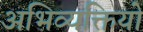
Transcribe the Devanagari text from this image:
अभिव्यक्तियो